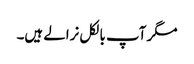
مگر آپ بالکل نرالے ہیں۔